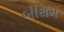
બીથમ